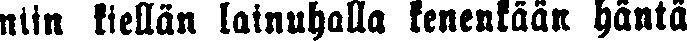
niin kiellän lainuhalla kenenkään häntä